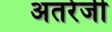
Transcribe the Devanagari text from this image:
अतरेजी